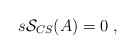
\begin{align*}s\mathcal{S}_{CS}(A)=0\;, \end{align*}